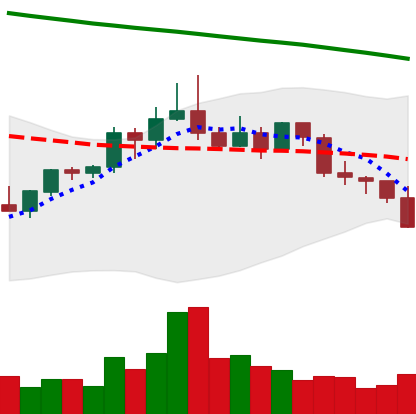
Ticker: ETC-USD
Chart end date: 2022-02-21
Forward return: 15.37%
Label: up_7plus